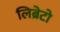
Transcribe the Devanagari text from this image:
लिब्रेटो